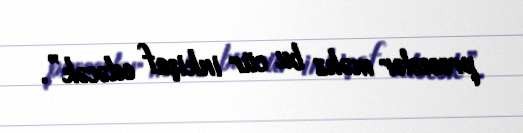
proseslər məhz bu cür inkişaf edəcək”.